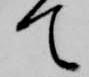
て